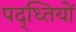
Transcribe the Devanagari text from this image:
पद्ध्तियों